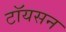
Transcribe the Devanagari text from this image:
टॉयसन